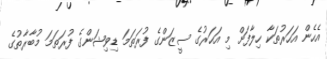
އެހެން އަހަރުތަކާ ހިލާފަށް މި އަހަރުގެ ސީޒަންގެ ފުރަތަމަ ޑިވިޝަންގެ ފުރަތަމަ މުބާރާތުގެ